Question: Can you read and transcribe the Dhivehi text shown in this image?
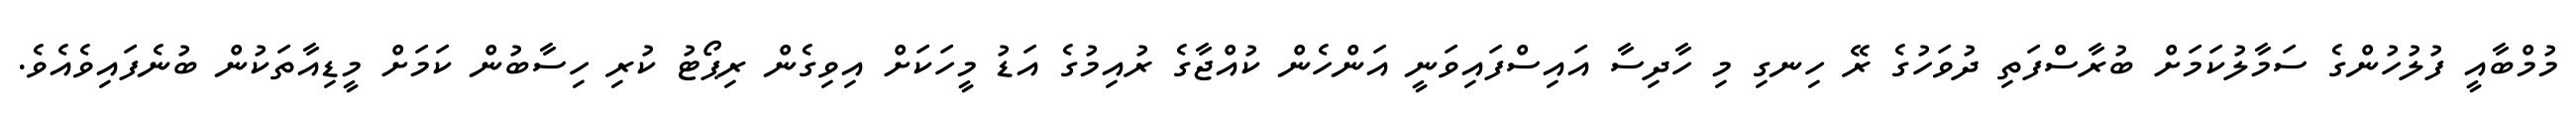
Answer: މުމްބާއީ ފުލުހުންގެ ސަމާލުކަމަށް ބުރާސްފަތި ދުވަހުގެ ރޭ ހިނގި މި ހާދިސާ އައިސްފައިވަނީ އަންހެން ކުއްޖާގެ ރުއިމުގެ އަޑު މީހަކަށް އިވިގެން ރިޕޯޓު ކުރި ހިސާބުން ކަމަށް މީޑިއާތަކުން ބުނެފައިވެއެވެ.